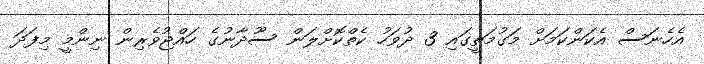
އެހެނަސް އެކަންކަމަށް މަގުމަތީގައި 3 ދުވަހު ކެތްކޮށްލަން ސޫދާނުގެ ހައްޖުވެރިން ނިންމީ މިފަދަ